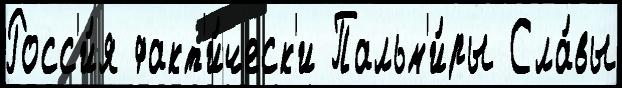
Росс'и́я факт'и́ческ'и Пальм'и́ры Сла́вы